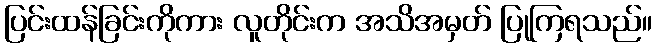
ပြင်းထန်ခြင်းကိုကား လူတိုင်းက အသိအမှတ် ပြုကြရသည်။